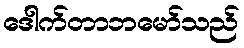
ဒေါက်တာဘမော်သည်